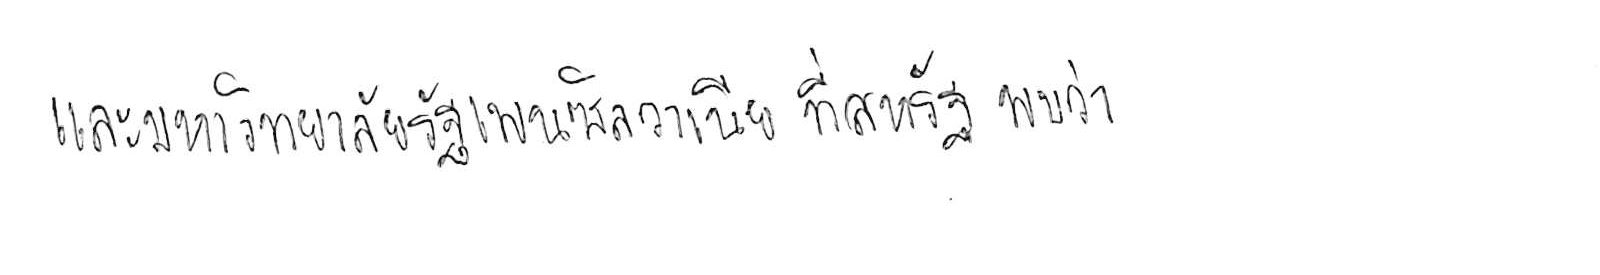
และมหาวิทยาลัยรัฐเพนซิลวาเนีย ที่สหรัฐ พบว่า